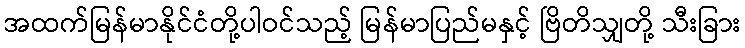
အထက်မြန်မာနိုင်ငံတို့ပါဝင်သည့် မြန်မာပြည်မနှင့် ဗြိတိသျှတို့ သီးခြား